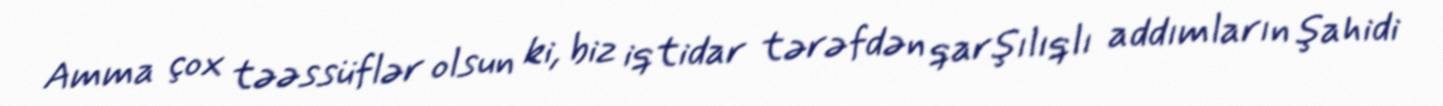
Amma çox təəssüflər olsun ki, biz iqtidar tərəfdən qarşılıqlı addımların şahidi